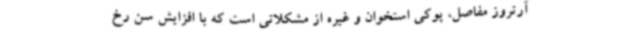
آرتروز مفاصل، پوکی استخوان و غیره از مشکلاتی است که با افزایش سن رخ